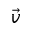
\vec { v }